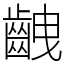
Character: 齥